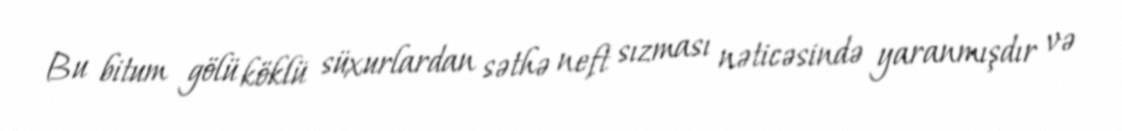
Bu bitum gölü köklü süxurlardan səthə neft sızması nəticəsində yaranmışdır və